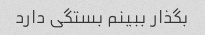
بگذار ببینم بستگی دارد